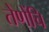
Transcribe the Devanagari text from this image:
तेणेंचि